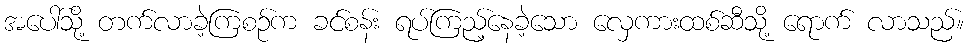
အပေါ်သို့ တက်လာခဲ့ကြစဉ်က ခင်စန်း ရပ်ကြည့်နေခဲ့သော လှေကားထစ်ဆီသို့ ရောက် လာသည်။